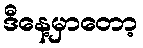
ဒီနေ့မှာတော့